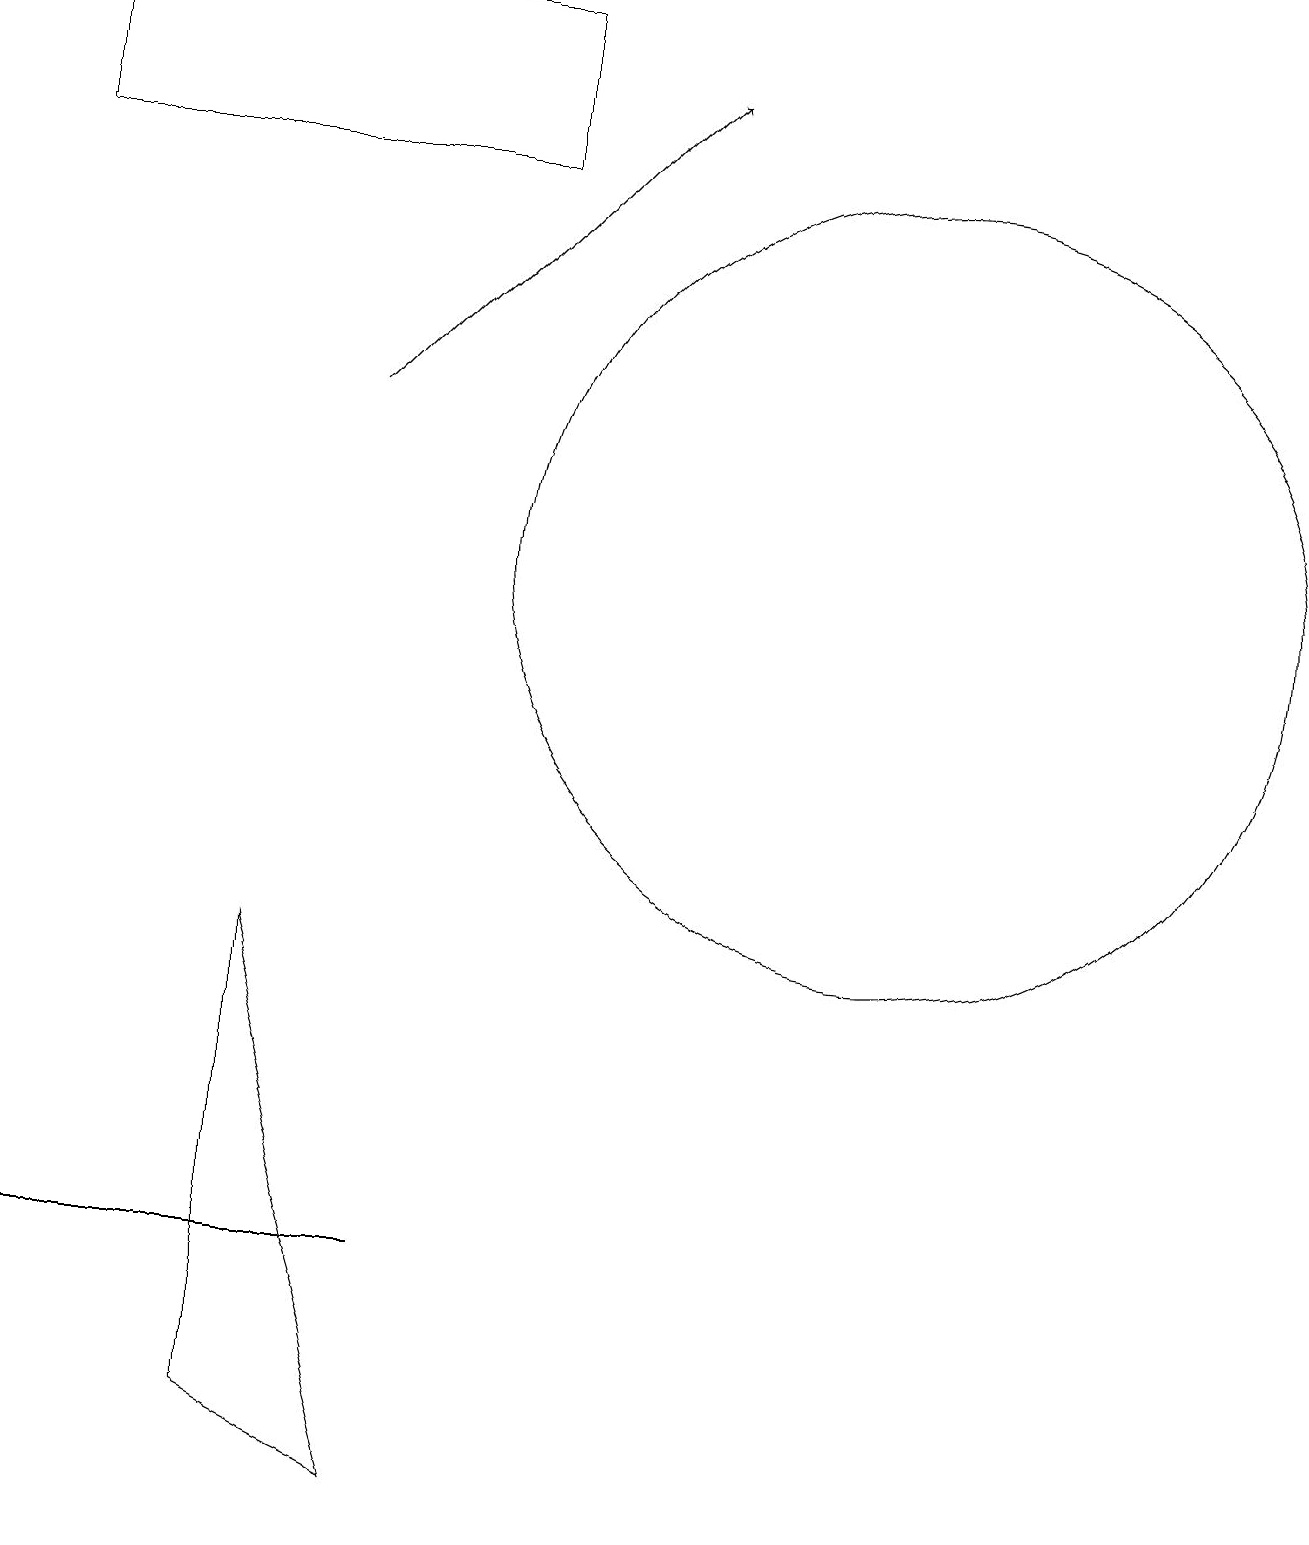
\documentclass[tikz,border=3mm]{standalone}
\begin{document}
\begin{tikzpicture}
\draw (4,3) -- (5,3) -- (0,3) -- cycle;
\draw (11,12) circle (5);
\draw (5,0) -- (3,7) -- (3,1) -- cycle;
\draw[->] (4,14) -- (8,18);
\draw (0,17) rectangle (6,19);
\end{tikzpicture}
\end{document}